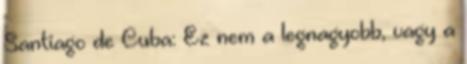
Santiago de Cuba: Ez nem a legnagyobb, vagy a